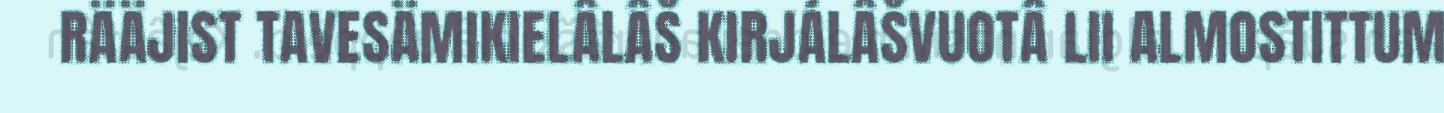
RÄÄJIST TAVESÄMIKIELÂLÂŠ KIRJÁLÂŠVUOTÂ LII ALMOSTITTUM